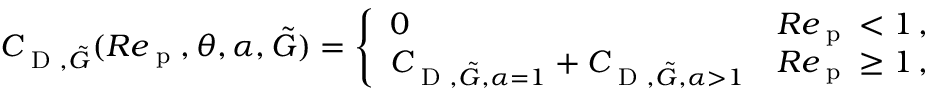
\begin{array} { r } { C _ { \textup { D } , \tilde { G } } ( R e _ { \textup { p } } , \theta , \alpha , \tilde { G } ) = \left\{ \begin{array} { l l } { 0 } & { R e _ { \textup { p } } < 1 \, , } \\ { C _ { \textup { D } , \tilde { G } , \alpha = 1 } + C _ { \textup { D } , \tilde { G } , \alpha > 1 } } & { R e _ { \textup { p } } \geq 1 \, , } \end{array} \right. } \end{array}